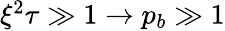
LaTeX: \begin{array}{r}{\xi^{2}\tau\gg 1\rightarrow p_{b}\gg 1}\end{array}